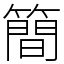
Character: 簡